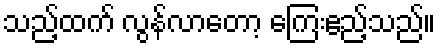
သည့်ထက် လွန်လာတော့ ကြေးဧည့်သည်။